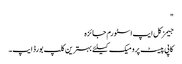
"
جیمز کل ایپ اسٹورم جائزہ
کاپی پیسٹ پرو میک کیلئے بہترین کلپ بورڈ ایپ۔